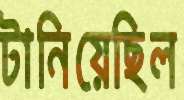
টানিয়েছিল